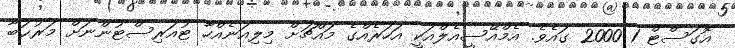
އޮގަސްޓް 1 2000 ގައެވެ. އެމްއޭސީއެލްއަކީ އަހަރެއްގެ މައްޗަށް މިލިއަނެއްހާ ޓުއަރިސްޓުންނަށް މަރުޙަބާ